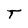
Character: T